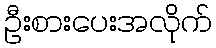
ဦးစားပေးအလိုက်